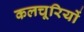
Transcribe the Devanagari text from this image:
कलचूरियों